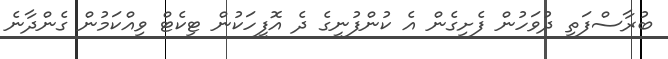
ބުރާސްފަތި ދުވަހުން ފެށިގެން އެ ކުންފުނީގެ ދެ އޮފީހަކުން ޓިކެޓް ވިއްކަމުން ގެންދާނެ